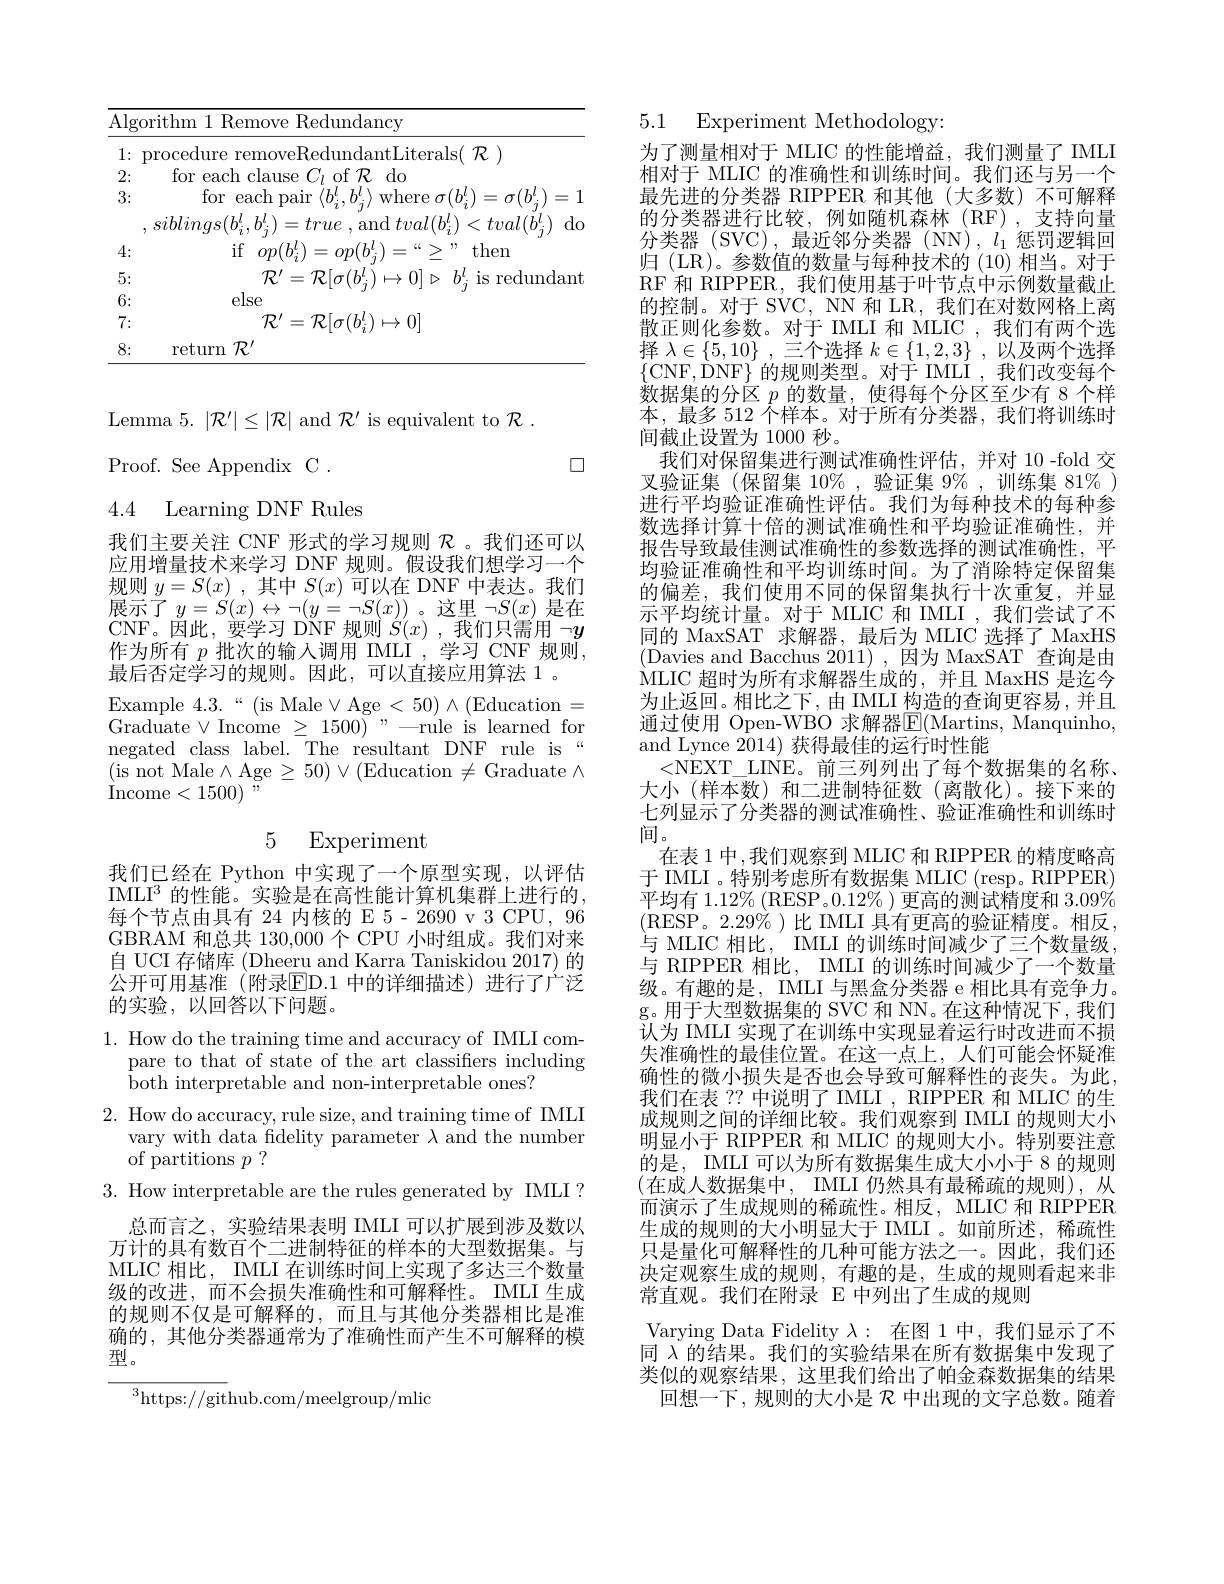
<table>
	<tbody>
		<tr>
			<th>A</th>
			<th>Algorithm 1 Remove</th>
			<th>orithm 1 Remove Redundancy</th>
		</tr>
		<tr>
			<td>1</td>
			<td>1:1 $\operatorname{procedure}$ remove</td>
			<td> </td>
		</tr>
		<tr>
			<td>4</td>
			<td>2: for $\epsilon$ each clause</td>
			<td>for $\rho ach$ $r|a11se$ of $\mathcal{R}$ $do$</td>
		</tr>
		<tr>
			<td>$F$ 1</td>
			<td>for $\epsilon$ each pa 3:</td>
			<td>for each ma</td>
		</tr>
		<tr>
			<td> </td>
			<td>$siblinqs(b_{i}^{\iota}$ $b_{:}^{\boldsymbol{\iota}}.$ 1</td>
			<td>$r_{21}m/|n$</td>
		</tr>
		<tr>
			<td>4</td>
			<td>if 4: $op(b_{i}^{l}$</td>
			<td>if $op(b_{:}^{t})$ 9: then</td>
		</tr>
		<tr>
			<td>$E$ 小 小</td>
			<td>5: $\mathcal{R}^{\prime}$</td>
			<td>$k^{\prime}$ $\mathcal{P}|_{\sigma}|h$ $h^{*}$ ndan </td>
		</tr>
		<tr>
			<td>$f$ 1 1 1 1 </td>
			<td>else 6:</td>
			<td>else</td>
		</tr>
		<tr>
			<td>$i$</td>
			<td>$\mathcal{R}^{\prime}$ 7:</td>
			<td>$\mathcal{R}^{\prime}=\mathcal{R}[\sigma(b_{i}^{l})\mapsto0]$</td>
		</tr>
		<tr>
			<td>$と$</td>
			<td>8: return $\mathcal{R}^{\prime}$ </td>
			<td>return $\mathcal{R}^{\prime}$</td>
		</tr>
	</tbody>
</table>

Lemma $5.|\mathcal{R}^{\prime}|\leq|\mathcal{R}|$ and $\mathcal{R}^\prime$ is equivalent to $\mathcal{R}.$
口
Proof. See Appendix C .

## 4.4 Learning DNF Rules

我们主要关注 CNF 形式的学习规则$\mathcal{R}$。我们还可以应用增量技术来学习 DNF 规则。假设我们想学习一个规则$y= S( x)$ ,其中$S(x)$可以在 DNF 中表达。我们$\begin{array}{c}\text{展示了}y=S(x)\leftrightarrow\neg(y=\neg S(x))\text{。这里 }\neg S(x)\text{ 是在}\\\text{CNF。因此，要学习 DNF 规则 }S(x)\text{ ,我们只需用 }\neg y\end{array}$ 作为所有$p$批次的输入调用 IMLI ,学习 CNF 规则， 最后否定学习的规则。因此，可以直接应用算法 1 。
Example $4.3.``($is Male$\vee$Age$<50)\wedge($Education= Graduate $\vee$Income $\geq1500)$”—rule is learned for negated class label. The resultant DNF rule is“ (is not Male$\wedge$Age$\geq50)\vee($Education$\neq$Graduate$\wedge$ ${\mathrm{Income}}< 1500)$ ,

5 Experiment

我们已经在 Python 中实现了一个原型实现，以评估IMLI$^3$的性能。实验是在高性能计算机集群上进行的， 每个节点由具有 24 内核的 E 5- 2690 v 3 CPU, 96 GBRAM 和总共 130,000 个 CPU 小时组成。我们对来自 UCI 存储库 (Dheeru and Karra Taniskidou 2017) 的公开可用基准(附录$\operatorname{ED.1}$ 中的详细描述)进行了广泛的实验，以回答以下问题。

1. How do the training time and accuracy of IMLI com-
pare to that of state of the art classifiers including
both interpretable and non-interpretable ones?

2. How do accuracy, rule size, and training time of IMLI

vary with data fidelity parameter $\lambda$ and the number

of partitions $p$ ?

3. How interpretable are the rules generated by IMLI ?

总而言之，实验结果表明 IMLI 可以扩展到涉及数以万计的具有数百个二进制特征的样本的大型数据集。与MLIC 相比，IMLI 在训练时间上实现了多达三个数量级的改进，而不会损失准确性和可解释性。IMLI 生成的规则不仅是可解释的，而且与其他分类器相比是准确的，其他分类器通常为了准确性而产生不可解释的模型。

${^{3}\mathrm{https://git}}$hub.com/meelgroup/mlic

5.1 Experiment Methodology:

为了测量相对于 MLIC 的性能增益，我们测量了 IMLI 相对于 MLIC 的准确性和训练时间。我们还与另一个最先进的分类器 RIPPER 和其他(大多数)不可解释的分类器进行比较，例如随机森林(RF),支持向量分类器 (SVC),最近邻分类器 (NN), $l_1$惩罚逻辑回归 (LR)。参数值的数量与每种技术的 (10) 相当。对于RF 和 RIPPER, 我们使用基于叶节点中示例数量截止的控制。对于 SVC, NN 和 LR, 我们在对数网格上离散正则化参数。对于 IMLI 和 MLIC ,我们有两个选择$\lambda \in \{ 5, 10\}$ ,三个选择$k\in \{ 1, 2, 3\}$ ,以及两个选择$\{$CNF,DNF$\}$的规则类型。对于 IMLI,我们改变每个数据集的分区$p$的数量，使得每个分区至少有 8 个样本，最多 512 个样本。对于所有分类器，我们将训练时间截止设置为 1000 秒。
我们对保留集进行测试准确性评估，并对 10 -fold 交叉验证集 (保留集 10%,验证集 9%,训练集 81% ) 进行平均验证准确性评估。我们为每种技术的每种参数选择计算十倍的测试准确性和平均验证准确性，并报告导致最佳测试准确性的参数选择的测试准确性，平均验证准确性和平均训练时间。为了消除特定保留集的偏差，我们使用不同的保留集执行十次重复，并显示平均统计量。对于 MLIC 和 IMLI ,我们尝试了不同的 MaxSAT 求解器，最后为 MLIC 选择了 MaxHS (Davies and Bacchus 2011) ,因为 MaxSAT 查询是由MLIC超时为所有求解器生成的，并且 MaxHS 是迄今为止返回。相比之下，由 IMLI 构造的查询更容易，并且通过使用 Open-WBO 求解器$\mathbb{E}($Martins, Manquinho, and Lynce 2014) 获得最佳的运行时性能
<NEXT$\_$LINE。前 三 列 列 出 了 每 个 数 据 集 的 名 称 大小(样本数)和二进制特征数(离散化)。接下来的七列显示了分类器的测试准确性、验证准确性和训练时间。
在表 1 中 ,我们观察到 MLIC 和 RIPPER 的精度略高于 IMLI 。特别考虑所有数据集 MLIC (resp。RIPPER) 平均有$1.12\%($RESP$。0.12\%)$更高的测试精度和$3.09\%$ (RESP。2.29%)比 IMLI 具有更高的验证精度。相反， 与 MLIC 相比，IMLI 的训练时间减少了三个数量级， 与 RIPPER 相比，IMLI 的训练时间减少了一个数量级。有趣的是，IMLI 与黑盒分类器 e 相比具有竞争力。g。用于大型数据集的 SVC 和 NN。在这种情况下，我们认为 IMLI 实现了在训练中实现显着运行时改进而不损失准确性的最佳位置。在这一点上，人们可能会怀疑准确性的微小损失是否也会导致可解释性的丧失。为此， 我们在表 ?? 中说明了 IMLI , RIPPER 和 MLIC 的生成规则之间的详细比较。我们观察到 IMLI 的规则大小明显小于 RIPPER 和 MLIC 的规则大小。特别要注意的是，IMLI 可以为所有数据集生成大小小于 8 的规则(在成人数据集中，IMLI 仍然具有最稀疏的规则),从而演示了生成规则的稀疏性。相反，MLIC 和 RIPPER 生成的规则的大小明显大于 IMLI 。如前所述，稀疏性只是量化可解释性的几种可能方法之一。因此，我们还决定观察生成的规则，有趣的是，生成的规则看起来非常直观。我们在附录 E 中列出了生成的规则
Varying Data Fidelity $\lambda:$在图 1中，我们显示了不同$\lambda$的结果。我们的实验结果在所有数据集中发现了类似的观察结果，这里我们给出了帕金森数据集的结果
回想一下，规则的大小是$\mathcal{R}$中出现的文字总数。随着